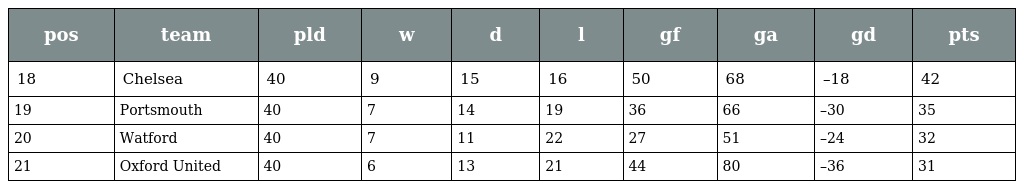
| pos | team | pld | w | d | l | gf | ga | gd | pts |
 | --- | --- | --- | --- | --- | --- | --- | --- | --- | --- |
 | 18 | Chelsea | 40 | 9 | 15 | 16 | 50 | 68 | –18 | 42 |
 | 19 | Portsmouth | 40 | 7 | 14 | 19 | 36 | 66 | –30 | 35 |
 | 20 | Watford | 40 | 7 | 11 | 22 | 27 | 51 | –24 | 32 |
 | 21 | Oxford United | 40 | 6 | 13 | 21 | 44 | 80 | –36 | 31 |